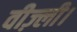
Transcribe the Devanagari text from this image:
वीज़्ली।